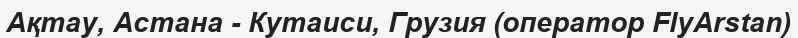
Ақтау, Астана - Кутаиси, Грузия (оператор FlyArstan)